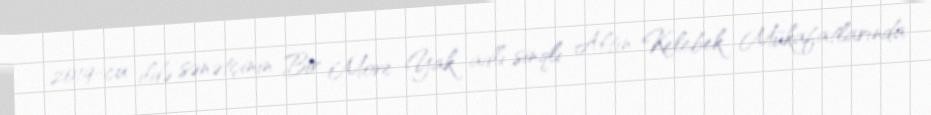
2019-cu ildə sənətçinin Bir More Yak adlı sinqlı Altın Kelebek Mükafatlarında